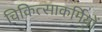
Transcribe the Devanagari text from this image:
चिकित्साकर्मियों